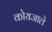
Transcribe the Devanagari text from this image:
कोयजाले